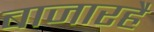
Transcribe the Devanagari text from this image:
बाजारहै